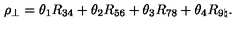
\rho _ { \perp } = \theta _ { 1 } R _ { 3 4 } + \theta _ { 2 } R _ { 5 6 } + \theta _ { 3 } R _ { 7 8 } + \theta _ { 4 } R _ { 9 \natural } .